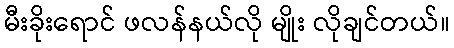
မီးခိုးရောင် ဖလန်နယ်လို မျိုး လိုချင်တယ်။